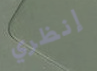
إنظري